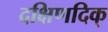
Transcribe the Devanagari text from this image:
दक्षिणदिक्